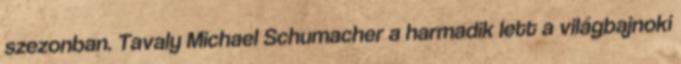
szezonban. Tavaly Michael Schumacher a harmadik lett a világbajnoki